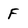
Character: F